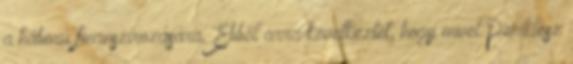
a háború finanszírozására. Ebből arra következtet, hogy mivel Periklész